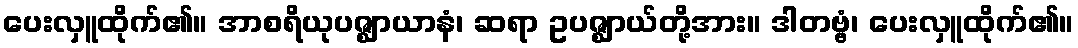
ပေးလှူထိုက်၏။ အာစရိယုပဇ္ဈာယာနံ၊ ဆရာ ဥပဇ္ဈာယ်တို့အား။ ဒါတဗ္ဗံ၊ ပေးလှူထိုက်၏။